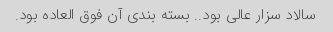
سالاد سزار عالی بود.. بسته بندی آن فوق العاده بود.